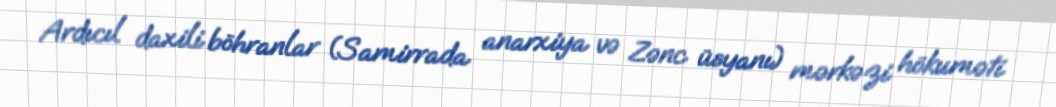
Ardıcıl daxili böhranlar (Samirrada anarxiya və Zənc üsyanı) mərkəzi hökuməti